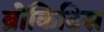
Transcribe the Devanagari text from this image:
ब्रोंकिटिस